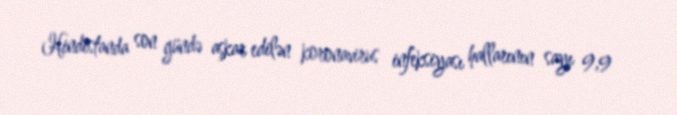
Hindistanda son gündə aşkar edilən koronavirus infeksiyası hallarının sayı 9,9